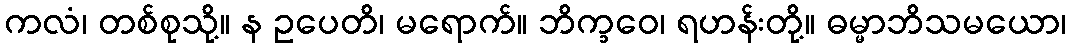
ကလံ၊ တစ်စုသို့။ န ဥပေတိ၊ မရောက်။ ဘိက္ခဝေ၊ ရဟန်းတို့။ ဓမ္မာဘိသမယော၊